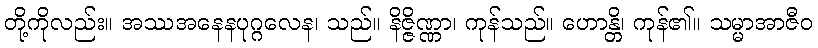
တို့ကိုလည်း။ အဿအနေနပုဂ္ဂလေန၊ သည်။ နိဇ္ဇိဏ္ဏာ၊ ကုန်သည်။ ဟောန္တိ၊ ကုန်၏။ သမ္မာအာဇီဝ